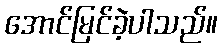
အောင်မြင်ခဲ့ပါသည်။